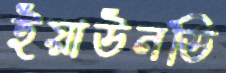
ইয়াউনডি